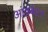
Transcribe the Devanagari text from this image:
आंत्रबेधन